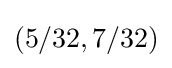
(5/32,7/32)